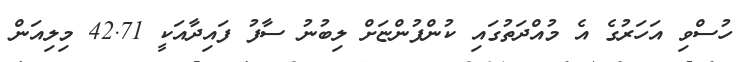
ހުސްވި އަހަރުގެ އެ މުއްދަތުގައި ކުންފުންޏަށް ލިބުނު ސާފު ފައިދާއަކީ 42.71 މިލިއަން